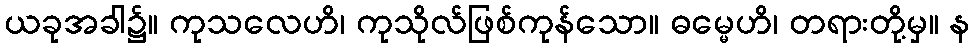
ယခုအခါ၌။ ကုသလေဟိ၊ ကုသိုလ်ဖြစ်ကုန်သော။ ဓမ္မေဟိ၊ တရားတို့မှ။ န